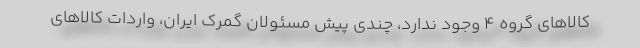
کالاهای گروه ۴ وجود ندارد، چندی پیش مسئولان گمرک ایران، واردات کالاهای